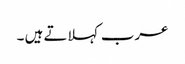
عرب کہلاتے ہیں ۔